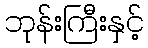
ဘုန်းကြီးနှင့်